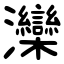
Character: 灤